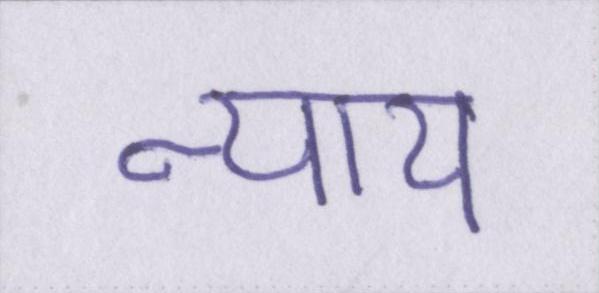
न्याय